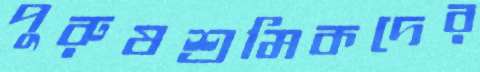
পুরুষশ্রমিকদের